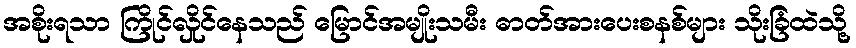
အစိုးရသာ ကြိုင်လှိုင်နေသည် မြောင်အမျိုးသမီး ဓာတ်အားပေးစနစ်များ သိုးခြံထဲသို့